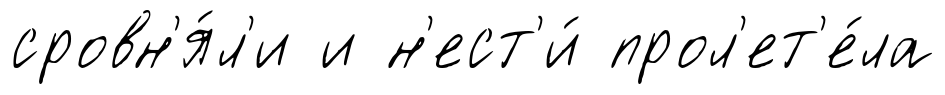
сровн'я́л'и и н'ест'и́ прол'ет'е́ла